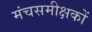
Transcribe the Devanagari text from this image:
मंचसमीक्षकों